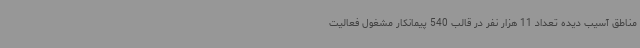
مناطق آسیب دیده تعداد 11 هزار نفر در قالب 540 پیمانکار مشغول فعالیت